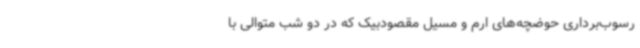
رسوب‌برداری حوضچه‌های ارم‌ و مسیل مقصودبیک که در دو شب متوالی با